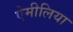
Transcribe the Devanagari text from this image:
ऐमीलिया